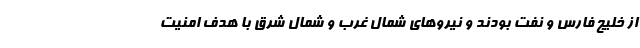
از خلیج فارس و نفت بودند و نیروهای شمال غرب و شمال شرق با هدف امنیت